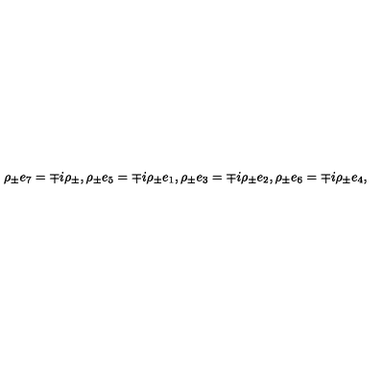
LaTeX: \rho _ { \pm } e _ { 7 } = \mp i \rho _ { \pm } , \rho _ { \pm } e _ { 5 } = \mp i \rho _ { \pm } e _ { 1 } , \rho _ { \pm } e _ { 3 } = \mp i \rho _ { \pm } e _ { 2 } , \rho _ { \pm } e _ { 6 } = \mp i \rho _ { \pm } e _ { 4 } ,